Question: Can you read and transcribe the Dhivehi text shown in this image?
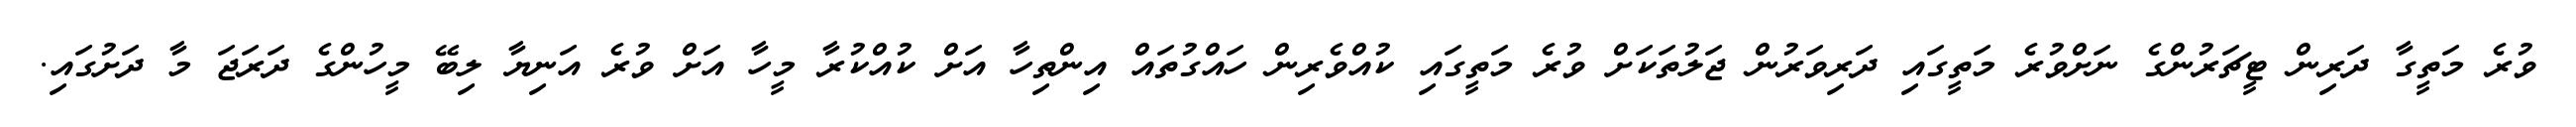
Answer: ވުރެ މަތީގާ ދަރިން ޓީޗަރުންގެ ނަށްވުރެ މަތީގައި ދަރިވަރުން ޖަލުތަކަށް ވުރެ މަތީގައި ކުއްވެރިން ހައްގުތައް އިންތިހާ އަށް ކުއްކުރާ މީހާ އަށް ވުރެ އަނިޔާ ލިބޭ މީހުންގެ ދަރަޖަ މާ ދަށުގައި.